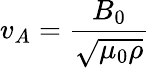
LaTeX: v_{A}={\frac{B_{0}}{\sqrt{\mu_{0}\rho}}}